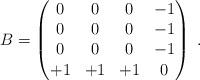
LaTeX: \begin{align*}B=\begin{pmatrix}0&0 & 0 & -1 \\0&0 & 0 & -1 \\0&0 & 0 & -1 \\+1&+1 & +1 & 0 \\\end{pmatrix} \;. \end{align*}